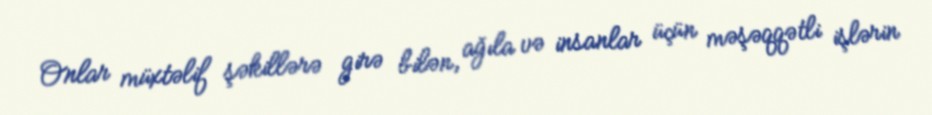
Onlar müxtəlif şəkillərə girə bilən, ağıla və insanlar üçün məşəqqətli işlərin